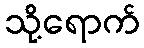
သို့ရောက်